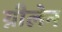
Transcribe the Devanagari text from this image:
ग्नीलेन